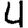
Digit: 4